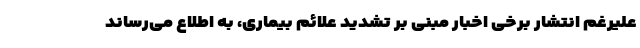
علیرغم انتشار برخی اخبار مبنی بر تشدید علائم بیماری، به اطلاع می‌رساند